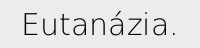
Eutanázia.